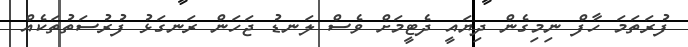
ފުރަތަމަ ހާފް ނިމިގެން ދިޔައީ ދެޓީމަށް ވެސް ލަނޑު ޖަހަން ރަނގަޅު ފުރުސަތުތަކެއް